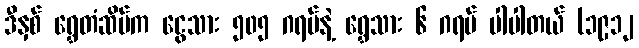
ဒီနှစ် ရွှေတံဆိပ်က ငွေသား ၅၀၅ ဂရမ်နဲ့ ရွှေသား ၆ ဂရမ် ပါပါတယ် (၁၉၁၂